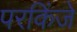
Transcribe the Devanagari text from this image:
परकिंजे